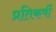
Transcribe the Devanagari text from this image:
प्रतिकर्षी